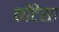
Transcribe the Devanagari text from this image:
कोंटेसा